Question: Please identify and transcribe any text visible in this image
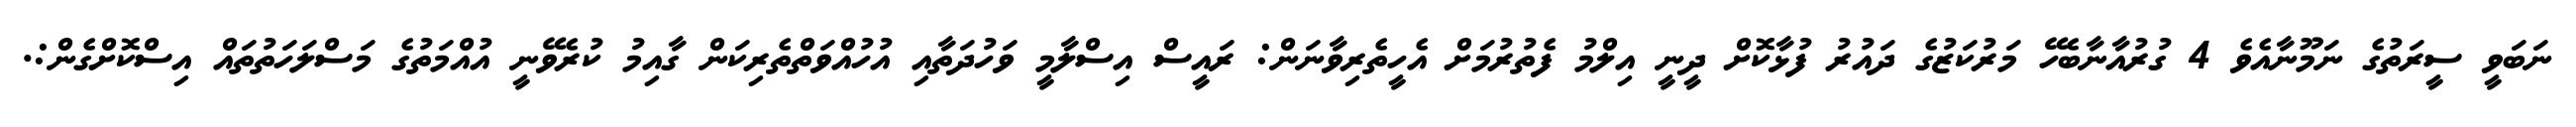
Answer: ނަބަވީ ސީރަތުގެ ނަމޫނާއެވެ 4 ގުރުއާނާބެހޭ މަރުކަޒުގެ ދައުރު ފުޅާކޮށް ދީނީ އިލްމު ފެތުރުމަށް އެހީތެރިވާނަން: ރައީސް އިސްލާމީ ވަހުދަތާއި އުހުއްވަތްތެރިކަން ގާއިމު ކުރެވޭނީ އުއްމަތުގެ މަސްލަހަތުތައް އިސްކޮށްގެން:.